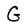
Character: G